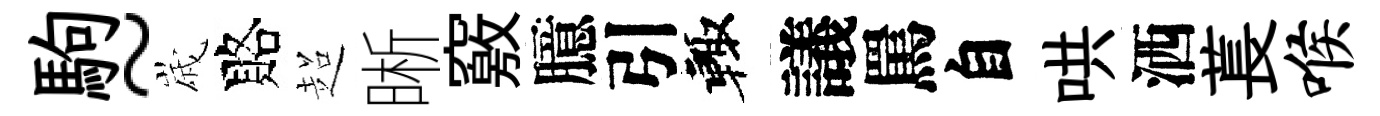
駒~𡻕賂超晰竅臆引輙議罵自哄洒萇喉